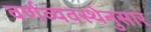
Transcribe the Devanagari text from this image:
वर्णव्यवस्थेनुसार